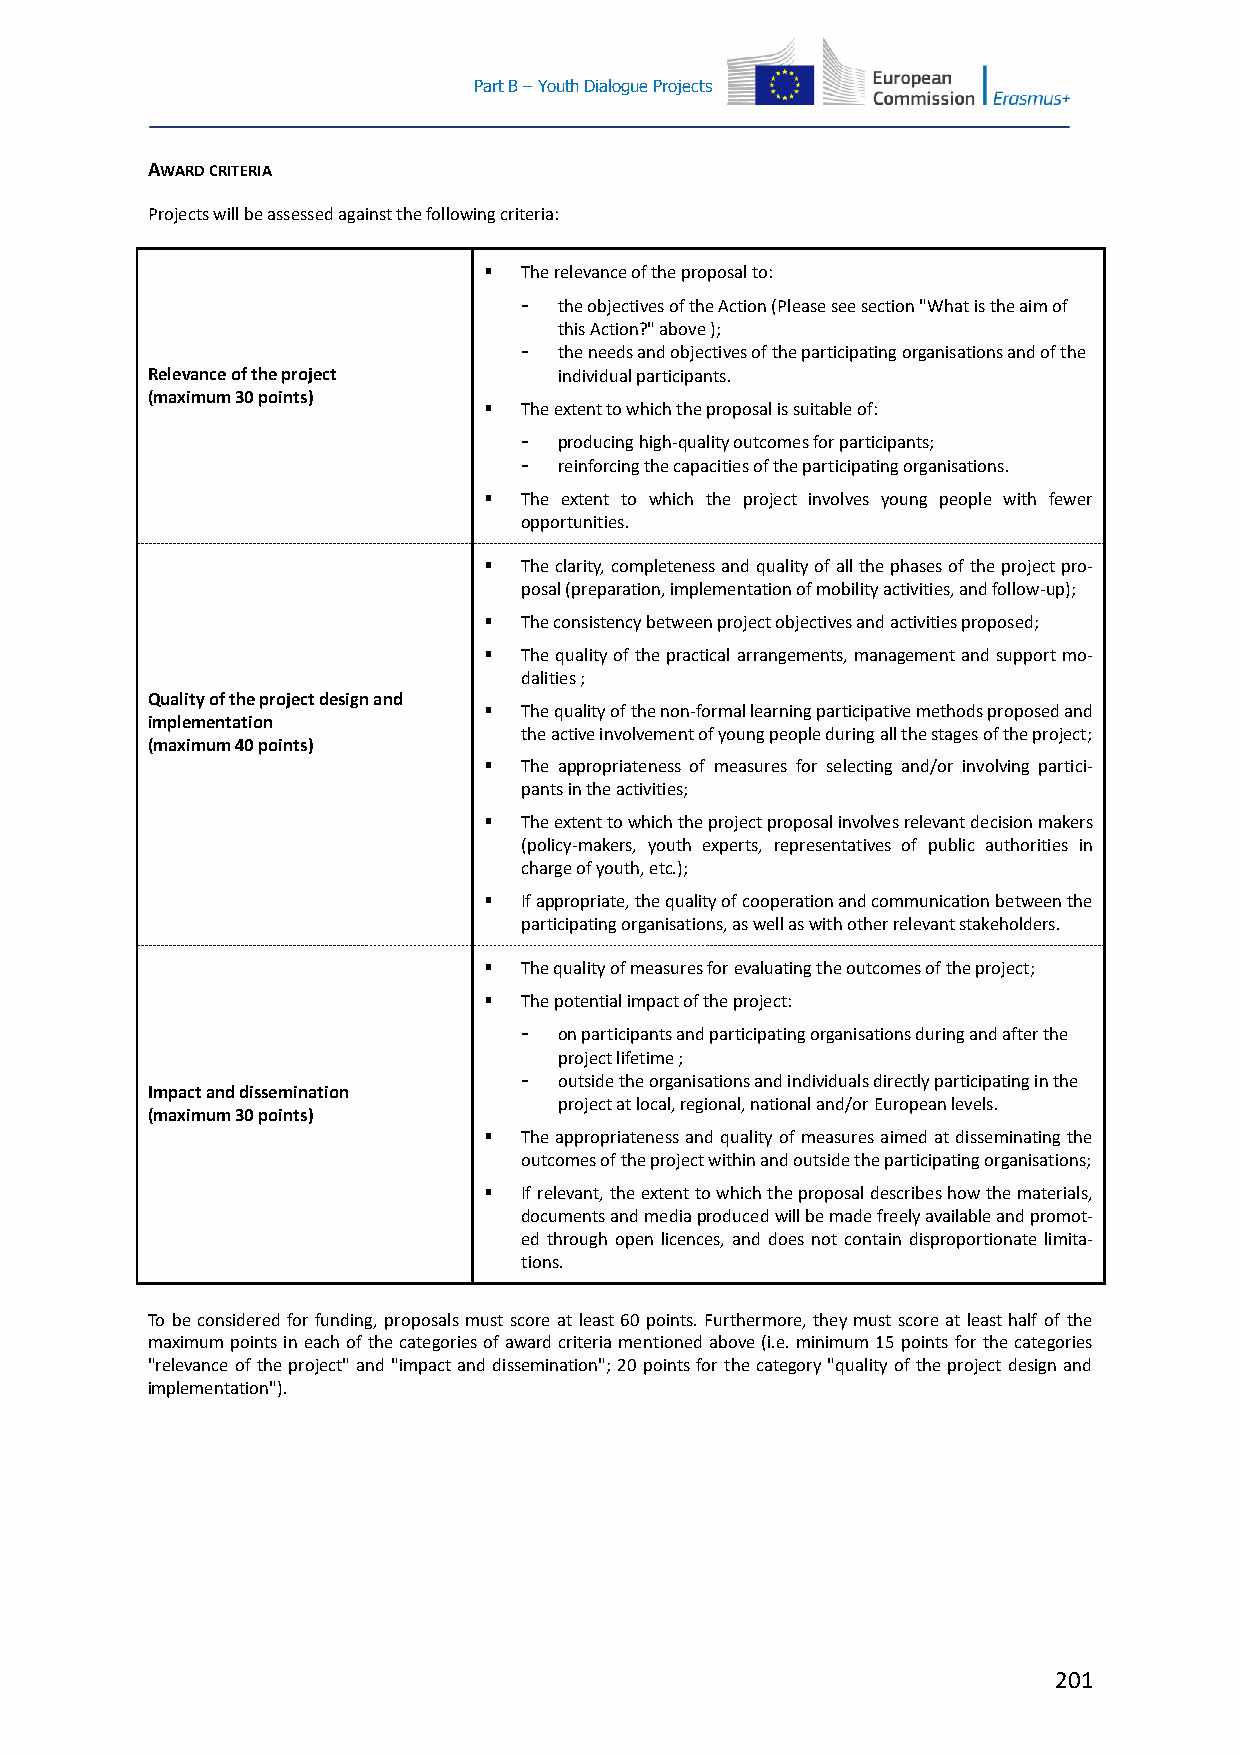
Part B – Youth Dialogue Projects
 AWARD CRITERIA
 Projects will be assessed against the following criteria:
   The relevance of the proposal to:
 -  the objectives of the Action (Please see section "What is the aim of
 this Action?" above );
 -  the needs and objectives of the participating organisations and of the
 Relevance of the project   individual participants.
 (maximum 30 points)
   The extent to which the proposal is suitable of:
 -  producing high-quality outcomes for participants;
 -  reinforcing the capacities of the participating organisations.
   The extent to which the project involves young people with fewer
 opportunities.
   The clarity, completeness and quality of all the phases of the project pro-
 posal (preparation, implementation of mobility activities, and follow-up);
   The consistency between project objectives and activities proposed;
   The quality of the practical arrangements, management and support mo-
 dalities ;
 Quality of the project design and
   The quality of the non-formal learning participative methods proposed and
 implementation
 the active involvement of young people during all the stages of the project;
 (maximum 40 points)
   The appropriateness of measures for selecting and/or involving partici-
 pants in the activities;
   The extent to which the project proposal involves relevant decision makers
 (policy-makers, youth experts, representatives of public authorities in
 charge of youth, etc.);
   If appropriate, the quality of cooperation and communication between the
 participating organisations, as well as with other relevant stakeholders.
   The quality of measures for evaluating the outcomes of the project;
   The potential impact of the project:
 -  on participants and participating organisations during and after the
 project lifetime ;
 -  outside the organisations and individuals directly participating in the
 Impact and dissemination
 project at local, regional, national and/or European levels.
 (maximum 30 points)
   The appropriateness and quality of measures aimed at disseminating the
 outcomes of the project within and outside the participating organisations;
   If relevant, the extent to which the proposal describes how the materials,
 documents and media produced will be made freely available and promot-
 ed through open licences, and does not contain disproportionate limita-
 tions.
 To be considered for funding, proposals must score at least 60 points. Furthermore, they must score at least half of the
 maximum points in each of the categories of award criteria mentioned above (i.e. minimum 15 points for the categories
 "relevance of the project" and "impact and dissemination"; 20 points for the category "quality of the project design and
 implementation").
 201